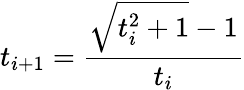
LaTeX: t_{i+1}={\frac{{\sqrt{t_{i}^{2}+1}}-1}{t_{i}}}